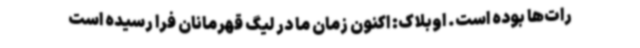
رات‌ها بوده است. اوبلاک: اکنون زمان ما در لیگ قهرمانان فرا رسیده است